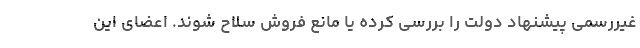
غیررسمی پیشنهاد دولت را بررسی کرده یا مانع فروش سلاح شوند. اعضای این